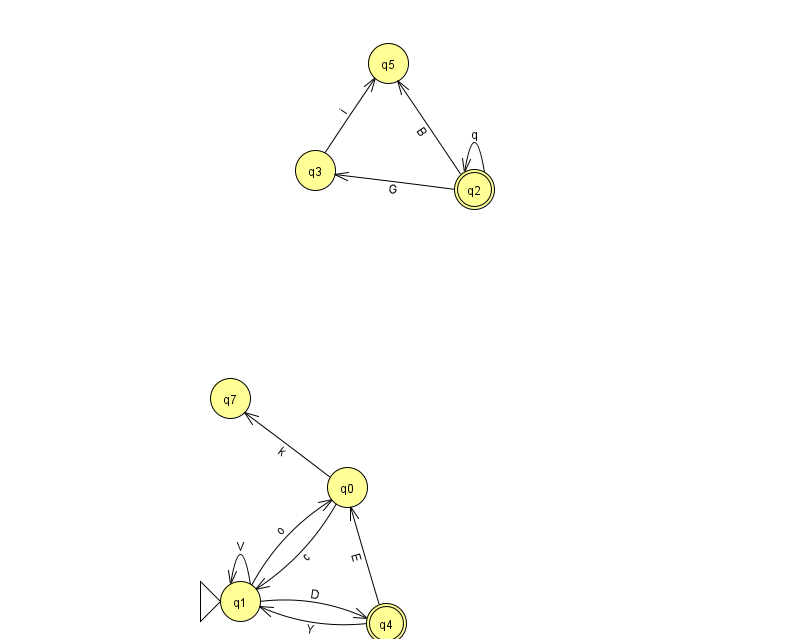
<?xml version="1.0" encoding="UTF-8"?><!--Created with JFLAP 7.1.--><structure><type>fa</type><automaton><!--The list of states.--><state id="0" name="q0"><x>347.0</x><y>474.0</y></state><state id="1" name="q1"><x>240.0</x><y>588.0</y><initial/></state><state id="2" name="q2"><x>474.0</x><y>176.0</y><final/></state><state id="3" name="q3"><x>315.0</x><y>157.0</y></state><state id="4" name="q4"><x>386.0</x><y>610.0</y><final/></state><state id="5" name="q5"><x>388.0</x><y>50.0</y></state><state id="7" name="q7"><x>230.0</x><y>385.0</y></state><!--The list of transitions.--><transition><from>1</from><to>4</to><read>D</read></transition><transition><from>2</from><to>5</to><read>B</read></transition><transition><from>2</from><to>2</to><read>q</read></transition><transition><from>2</from><to>3</to><read>G</read></transition><transition><from>4</from><to>0</to><read>E</read></transition><transition><from>0</from><to>1</to><read>c</read></transition><transition><from>0</from><to>7</to><read>k</read></transition><transition><from>1</from><to>1</to><read>V</read></transition><transition><from>1</from><to>0</to><read>o</read></transition><transition><from>3</from><to>5</to><read>i</read></transition><transition><from>4</from><to>1</to><read>Y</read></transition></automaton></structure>